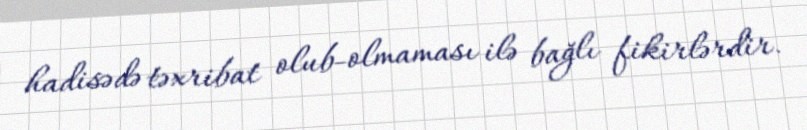
hadisədə təxribat olub-olmaması ilə bağlı fikirlərdir.